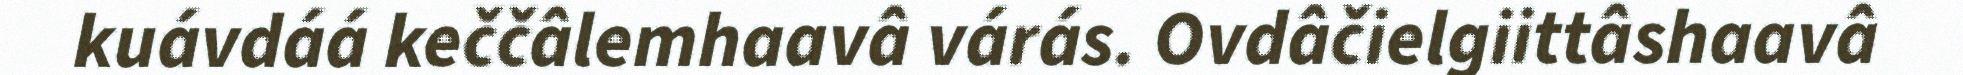
kuávdáá keččâlemhaavâ várás. Ovdâčielgiittâshaavâ